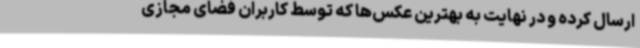
ارسال کرده و در نهایت به بهترین عکس‌ها که توسط کاربران فضای مجازی